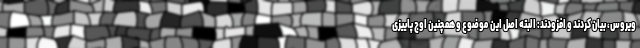
ویروس، بیان کردند و افزودند: البته اصل این موضوع و همچنین اوج پاییزی